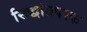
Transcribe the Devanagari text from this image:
सिद्धांतपरक